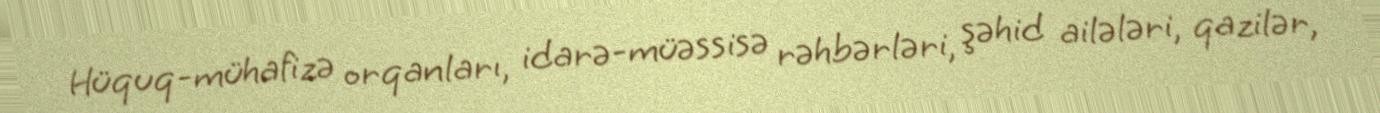
Hüquq-mühafizə orqanları, idarə-müəssisə rəhbərləri, şəhid ailələri, qazilər,